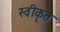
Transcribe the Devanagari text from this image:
स्वीकृत